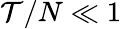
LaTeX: \mathcal{T}/N\ll1